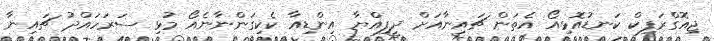
ޖިއޮގްރަފިކް ކަނޑުއޮޅިއޯ އެތަން ޗައިނާއަށް ދީފިއްޔާ އިންޑިއާ ކެކިގަންނާނެއޯ މުޅި ސަރަހައްދު ޗައިނާ